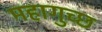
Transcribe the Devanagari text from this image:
महागुच्छ